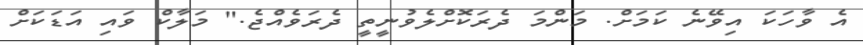
އެ ވާހަކަ އިވޭނެ ކަމަށް. މަންމަ ދެރަކޮށްލެވުނީތީ ދެރަވެއްޖެ." މަލާކް ވައި އަޑަކަށް